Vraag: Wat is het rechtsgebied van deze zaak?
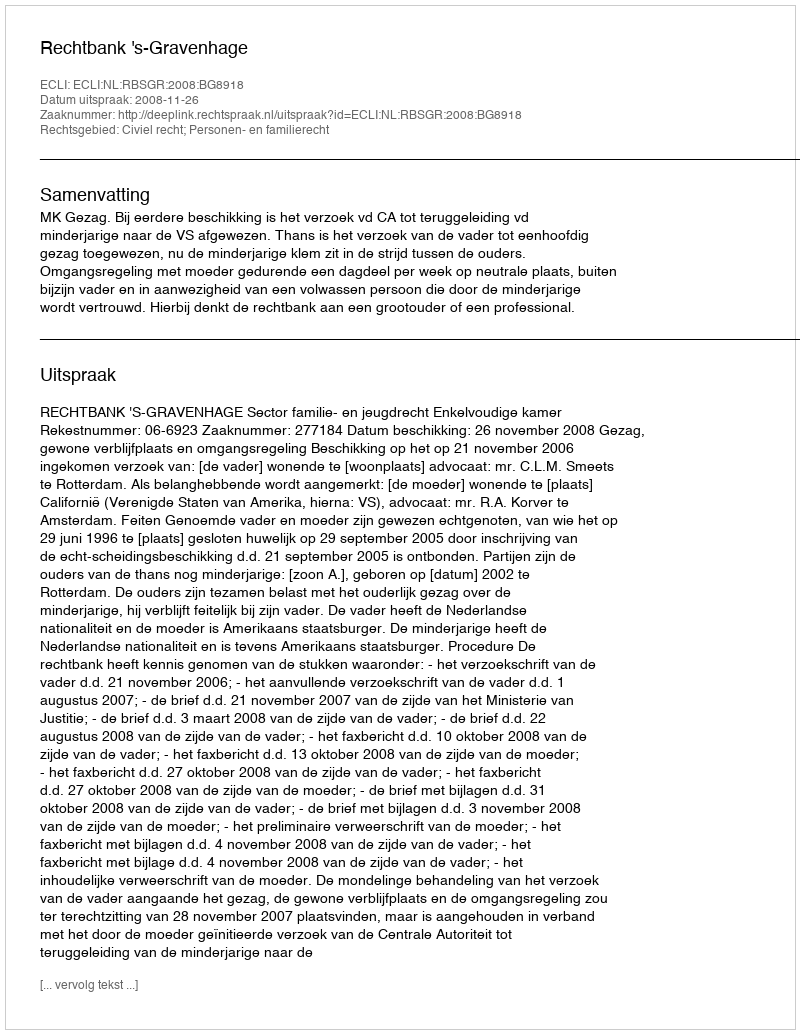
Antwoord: Civiel recht; Personen- en familierecht